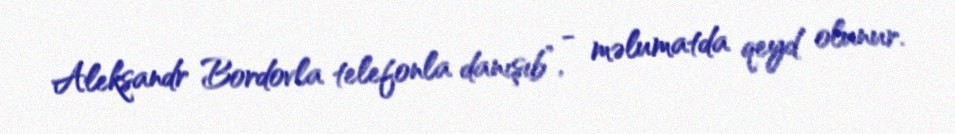
Aleksandr Bordovla telefonla danışıb”, - məlumatda qeyd olunur.